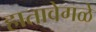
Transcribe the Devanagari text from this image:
हातावेगळे